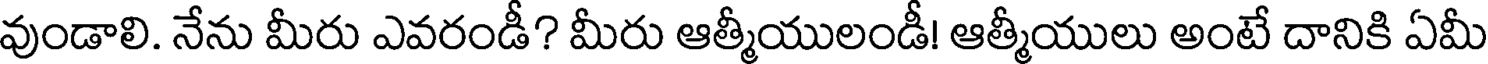
వుండాలి. నేను మీరు ఎవరండీ? మీరు ఆత్మీయులండీ! ఆత్మీయులు అంటే దానికి ఏమీ